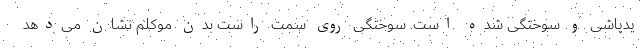
یدپاشی و سوختگی شده است. سوختگی روی سمت راست بدن موکلم نشان می‌دهد